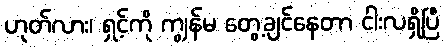
ဟုတ်လား၊ ရှင့်ကို ကျွန်မ တွေ့ချင်နေတာ ငါးလရှိပြီ